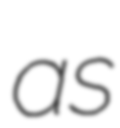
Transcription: as